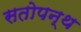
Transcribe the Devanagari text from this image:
सतोपन्थ